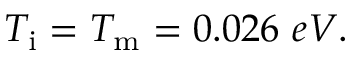
T _ { \mathrm { i } } = T _ { \mathrm { m } } = 0 . 0 2 6 \, \, e V .